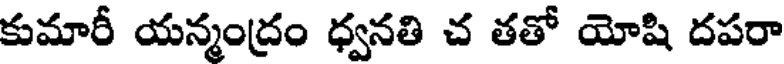
కుమారీ యన్మంద్రం ధ్వనతి చ తతో యోషి దపరా